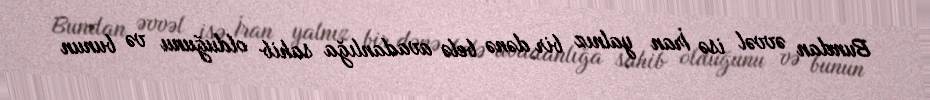
Bundan əvvəl isə İran yalnız bir dənə belə avadanlığa sahib olduğunu və bunun